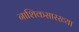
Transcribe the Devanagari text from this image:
नाशिकसारख्या